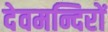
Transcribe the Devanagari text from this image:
देवमन्दिरों